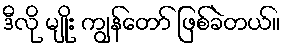
ဒီလို မျိုး ကျွန်တော် ဖြစ်ခဲတယ်။